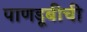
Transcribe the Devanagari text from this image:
पाणडूबीची